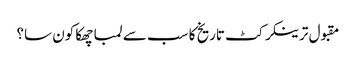
مقبول ترینکرکٹ تاریخ کا سب سے لمبا چھکا کون سا؟